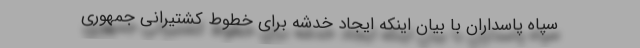
سپاه پاسداران با بیان اینکه ایجاد خدشه برای خطوط کشتیرانی جمهوری